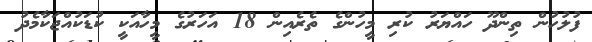
ފުލުހުން ތިންދޫ ހައްޔަރު ކުރި މީހުންގެ ތެރެއިން 18 އަހަރުގެ މީހާއަކީ ކުޑަކުއްޖަކާމެދު